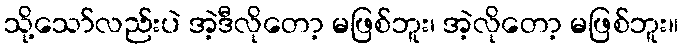
သို့သော်လည်းပဲ အဲ့ဒီလိုတော့ မဖြစ်ဘူး၊ အဲ့လိုတော့ မဖြစ်ဘူး။